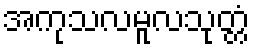
အကုသလမူလသုတ္တံ